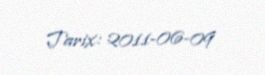
Tarix: 2011-06-09